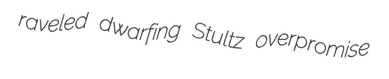
raveled dwarfing Stultz overpromise